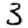
Digit: 3